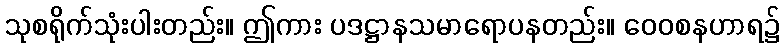
သုစရိုက်သုံးပါးတည်း။ ဤကား ပဒဋ္ဌာနသမာရောပနတည်း။ ဝေဝစနဟာရ၌